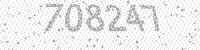
Solution: 708247